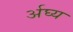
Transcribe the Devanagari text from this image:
र्अघ्य